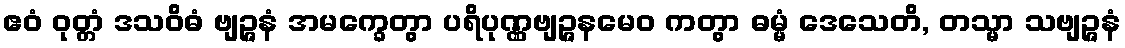
ဧဝံ ဝုတ္တံ ဒသဝိဓံ ဗျဉ္ဇနံ အမက္ခေတွာ ပရိပုဏ္ဏဗျဉ္ဇနမေဝ ကတွာ ဓမ္မံ ဒေသေတိ, တသ္မာ သဗျဉ္ဇနံ